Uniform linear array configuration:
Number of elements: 8
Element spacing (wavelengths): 0.75
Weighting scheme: hamming
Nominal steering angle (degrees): -15
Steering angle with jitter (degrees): -14.76
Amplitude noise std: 0.05
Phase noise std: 0.05

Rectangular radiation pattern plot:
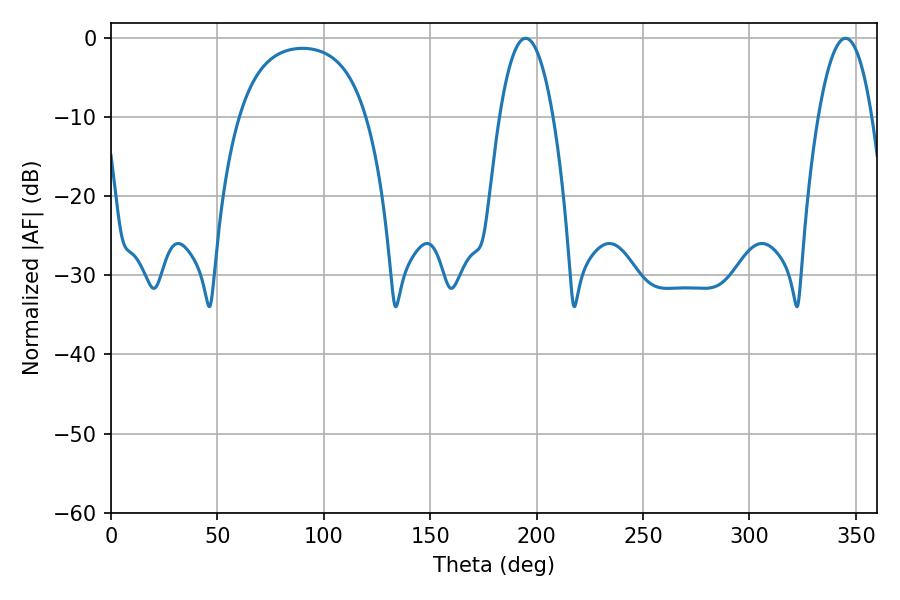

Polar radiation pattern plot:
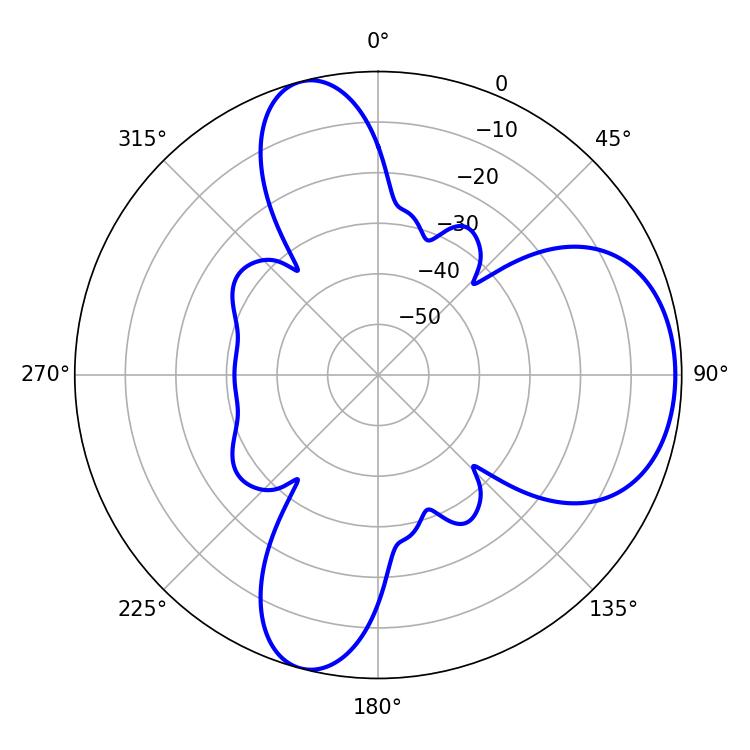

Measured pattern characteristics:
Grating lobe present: TRUE
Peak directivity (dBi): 7.235
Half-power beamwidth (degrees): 14.04
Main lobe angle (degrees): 194.76